King Institute of Preventive Medicine Micro-Biological Section reports 1909-11
Year: 1909
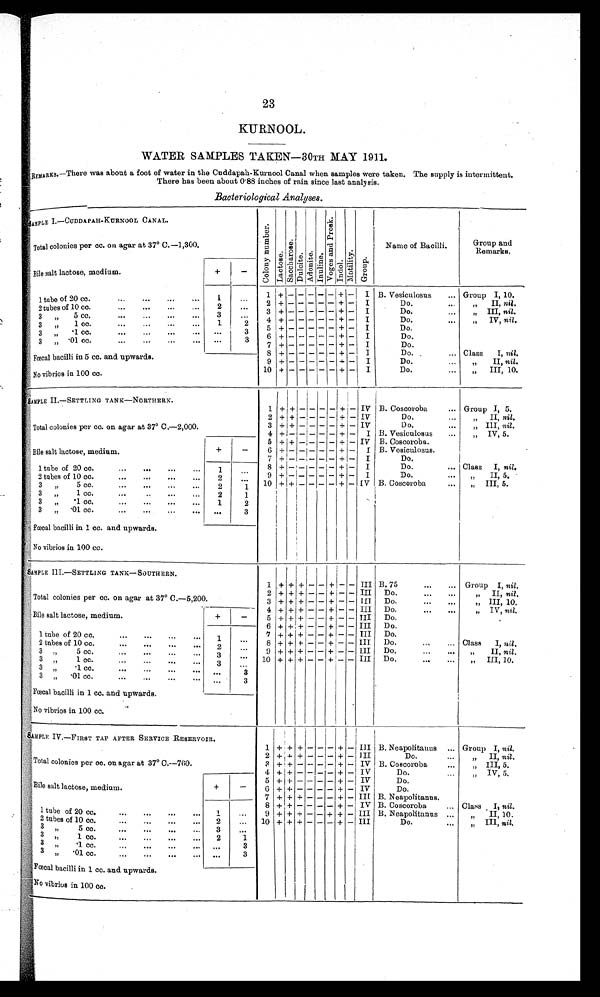
23
KURNOOL.
WATER SAMPLES TAKEN-30TH MAY 1911.
REMARKS.—There was about a foot of water in the Cuddapah-Kurnool Canal when samples were taken. The supply is intermittent.
There has been about 0.88 inches of rain since last analysis.
Bacteriological Analyses.
S A M P L E I . — C U D D A P A H - K U R N O O L C A N A L .
C o l o n y n u m b e r .
L a c t o s e . s a c c h a r o s e . D u l c i t e . A d o n i t e . I n u l i n .
V o g e s a n d P r o s k .
I n d o l .
M o t i l i t y .
G r o u p .
Name of Bacilli.
Group and
Remarks.
Total colonies per cc. on agar at 37° C.–1,300.
Bile salt lactose, medium.
+
-
1 tube of 20 cc. ...
...
. . .
1
. . . 1
+ -
- - - - + -
I
B. Vesiculosus
... Group I, 10.
2
+ -
- - - - + - I
Do.
...
„ II, nil.
2 t u b e s o f 1 0 c c .
. . .
. . .
2
. . . 3 + -
- - - - + - I
Do.
...
„ III, nil.
3 „
5 c c .
. . .
. . .
3
...
4 + -
- - - - + - I
Do.
...
„ I V ,
n i l .
3 „
1 cc.
...
...
...
. . . 1
2
5 + -
- - - - + - I
Do.
3 „ .1 cc.
...
...
...
. . .
. . .
3
6 + -
- - - - + - I
Do.
3 „ .01 cc. ... ... ... ...
...
3
7 + -
- - - - + - I
Do.
Fœcal bacilli in 5 cc. and upwards.
8 + -
- - - - + - I
Do.
... Class I, nil.
9 + -
- - - -
+ - I
Do.
...
„
II, nil.
No vibrios in 100 cc.
10 + -
- - - - + - I
Do.
...
„ I I I , 1 0 .
SAMPLE II.—SETTLING TANK—NORTHERN.
1 + +
- -
- - +
-
IV B. Coscoroba
... Group I, 5.
2 + + - -
- - + - IV
Do....
„ II, nil.
Total colonies per cc. on agar at 37° C.–2,000.
3 + + - -
- - + - IV
Do.
...
„ III, nil.
4 + - - -
- - + - I B. Vesiculosus
...
„ IV, 5.
Bile salt lactose, medium.
+
-
5 + + - -
- - + - IV B. Coscoroba.
6
+ - - -
- - + - I B. Vesiculosus.
7 + - - - - - + - I
Do.
1 tube of 20 cc.
...
...
...
1
. . . 8
+ - - -
- - + -
I
Do.
... Class I, nil.
2 tubes of 10 cc.
...
...
...
2
. . . 9
+ - - -
- - + - I
Do.
...
„
II, 5.
3 „
5 cc.
...
...
...
2
1 10 + + - -
- - + - IV B. Coscoroba
„ I I I , 5 .
3 „
1 cc. ... ... ...
2
1
3 „
.1 cc.
...
...
...
... 1
2
3 „ .01 cc. ... ... ... ...
. . .
3
Fœcal bacilli in 1 cc. and upwards.
No vibrios in 100 cc.
SAMPLE III.—SETTLING TANK—SOUTHERN.
1 + + + - - +-
- III B. 75
...
... Group I, nil.
Total colonies per cc. on agar at 37° C.–5,200.
2 + + + - - + -
- III Do.
... ...
„ II, nil.
3 + + + - - + -
-
I I I Do....
...
„ III, 10.
Bile salt lactose, medium.
+
- 4 + +
+
- - + -
- III Do.
... ...
„ IV, nil.
5 + +
+
- - + -
- III Do.
6 + + + - - + -
- III Do.
1 tube of 20 cc.
...
...
. . .
...
1
. . . 7 + + + - - + -
- III Do.
2 tubes of 10 cc.
...
...
. . .
...
2
. . .
8 + + + - - + -
- III Do.
...
... Class I, ni l .
3 „ 5 cc. ... ... ...
...
3
. . .
9 + + + - - + -
- III Do.
„ I I ,
n i l .
3 „
1 cc.
...
...
. . .
. . .
3
. . . 10 + +
+
- - + -
- III Do.
... ...
„ III, 10.
3 „ .1 cc. ... ... ... ...
...
3
3 „ . 0 1
. . .
. . .
. . .
. . .
...
3
Fœcal bacilli in 1 cc. and upwards.
No vibrios in 100 cc.
SAMPLE IV.—FIRST TAP AFTER SERVICE RESERVOIR.
1 + + + -
- - + - III B. Neapolitanus ... Group I, nil.
Total colonies per cc. on agar at 37° C.–760.
2 +
+
+ -
- - + - III
Do.
„ I I ,
n i l .
3 + + - -
- - + - IV B. Coscoroba
...
„ III, 5.
4 + + - -
- - + - IV
Do.
...
„ IV, 5.
Bile salt lactose, medium.
+
-
5 + + - - - - + - IV
Do.
6 +
+ - -
- - + - IV
Do.
7 + + + -
- - + - III B. Neapolitanus.
1 tube of 20 cc.
...
...
...
...
1
...
8 + + - -
- - + - IV B. Coscoroba
... Class, I, nil.
9 + + + -
- + + - III B. Neapolitanus ...
„ II, 10.
2 tubes of 10 cc.
...
...
...
...
2
...
10 + + + -
- - + - III
Do.
...
„ III, nil.
3 „
5 c c .
. . .
. . .
. . .
...
3
...
3
„
1 cc
...
...
...
...
2
1
3 „
. 1
c c .
. . .
. . .
. . .
. . .
. . .
3
3 „
. 0 1 c c .
. . .
. . .
. . .
. . . ...
3
Fœcal bacilli in 1 cc. and upwards.
No vibrios in 100 cc.